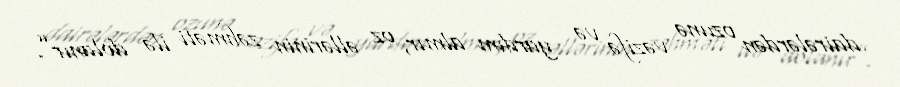
dairələrdən ozunə vəzifə və yardım almır, oz əllərinin zəhməti ilə dolanır”.